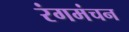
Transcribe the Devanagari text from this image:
रंगमंचन